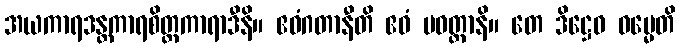
အယကာရဒန္တကာရစိတ္တကာရာဒီနိ။ ဧဝံဂတာနီတိ ဧဝံ ပဝတ္တာနိ။ တေ ဒိဋ္ဌေဝ ဓမ္မေတိ